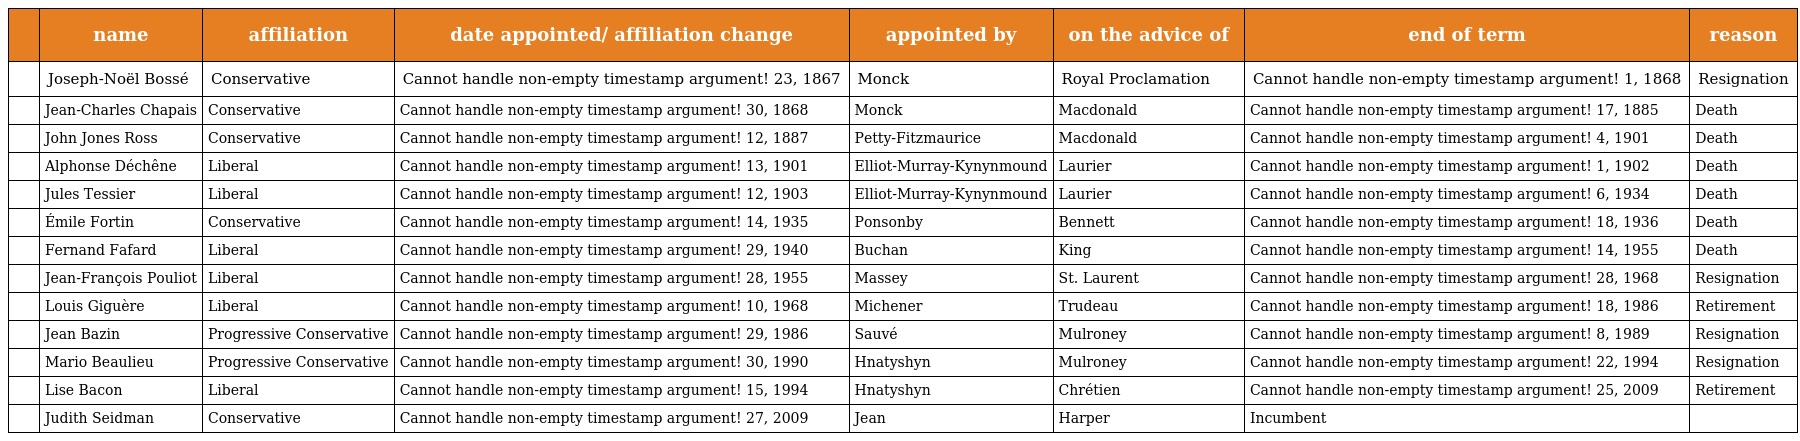
|  | name | affiliation | date appointed/ affiliation change | appointed by | on the advice of | end of term | reason |
 | --- | --- | --- | --- | --- | --- | --- | --- |
 |  | Joseph-Noël Bossé | Conservative | Cannot handle non-empty timestamp argument! 23, 1867 | Monck | Royal Proclamation | Cannot handle non-empty timestamp argument! 1, 1868 | Resignation |
 |  | Jean-Charles Chapais | Conservative | Cannot handle non-empty timestamp argument! 30, 1868 | Monck | Macdonald | Cannot handle non-empty timestamp argument! 17, 1885 | Death |
 |  | John Jones Ross | Conservative | Cannot handle non-empty timestamp argument! 12, 1887 | Petty-Fitzmaurice | Macdonald | Cannot handle non-empty timestamp argument! 4, 1901 | Death |
 |  | Alphonse Déchêne | Liberal | Cannot handle non-empty timestamp argument! 13, 1901 | Elliot-Murray-Kynynmound | Laurier | Cannot handle non-empty timestamp argument! 1, 1902 | Death |
 |  | Jules Tessier | Liberal | Cannot handle non-empty timestamp argument! 12, 1903 | Elliot-Murray-Kynynmound | Laurier | Cannot handle non-empty timestamp argument! 6, 1934 | Death |
 |  | Émile Fortin | Conservative | Cannot handle non-empty timestamp argument! 14, 1935 | Ponsonby | Bennett | Cannot handle non-empty timestamp argument! 18, 1936 | Death |
 |  | Fernand Fafard | Liberal | Cannot handle non-empty timestamp argument! 29, 1940 | Buchan | King | Cannot handle non-empty timestamp argument! 14, 1955 | Death |
 |  | Jean-François Pouliot | Liberal | Cannot handle non-empty timestamp argument! 28, 1955 | Massey | St. Laurent | Cannot handle non-empty timestamp argument! 28, 1968 | Resignation |
 |  | Louis Giguère | Liberal | Cannot handle non-empty timestamp argument! 10, 1968 | Michener | Trudeau | Cannot handle non-empty timestamp argument! 18, 1986 | Retirement |
 |  | Jean Bazin | Progressive Conservative | Cannot handle non-empty timestamp argument! 29, 1986 | Sauvé | Mulroney | Cannot handle non-empty timestamp argument! 8, 1989 | Resignation |
 |  | Mario Beaulieu | Progressive Conservative | Cannot handle non-empty timestamp argument! 30, 1990 | Hnatyshyn | Mulroney | Cannot handle non-empty timestamp argument! 22, 1994 | Resignation |
 |  | Lise Bacon | Liberal | Cannot handle non-empty timestamp argument! 15, 1994 | Hnatyshyn | Chrétien | Cannot handle non-empty timestamp argument! 25, 2009 | Retirement |
 |  | Judith Seidman | Conservative | Cannot handle non-empty timestamp argument! 27, 2009 | Jean | Harper | Incumbent |  |